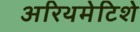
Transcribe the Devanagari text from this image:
अरिथमेटिशे